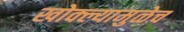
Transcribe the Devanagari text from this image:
खोक्ल्यामुळेच